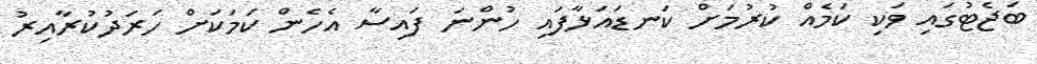
ބަޖެޓުގައި ވަކި ކަމެއް ކުރުމަށް ކަނޑައަޅާފައި ހުންނަ ފައިސާ އެހެން ކަމަކަށް ހަރަދުކުރާއިރު